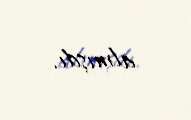
almışdı.